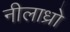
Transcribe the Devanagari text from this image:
नीलाध्रो